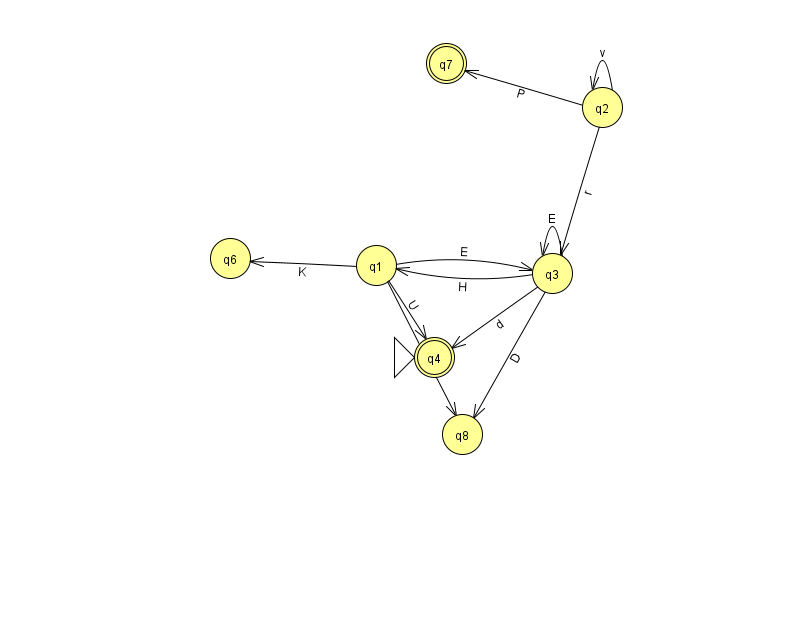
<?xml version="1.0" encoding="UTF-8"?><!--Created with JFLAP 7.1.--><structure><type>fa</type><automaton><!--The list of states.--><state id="1" name="q1"><x>376.0</x><y>252.0</y></state><state id="2" name="q2"><x>602.0</x><y>94.0</y></state><state id="3" name="q3"><x>552.0</x><y>260.0</y></state><state id="4" name="q4"><x>434.0</x><y>344.0</y><initial/><final/></state><state id="6" name="q6"><x>230.0</x><y>245.0</y></state><state id="7" name="q7"><x>446.0</x><y>50.0</y><final/></state><state id="8" name="q8"><x>462.0</x><y>421.0</y></state><!--The list of transitions.--><transition><from>3</from><to>1</to><read>H</read></transition><transition><from>3</from><to>3</to><read>E</read></transition><transition><from>2</from><to>2</to><read>v</read></transition><transition><from>3</from><to>4</to><read>d</read></transition><transition><from>1</from><to>3</to><read>E</read></transition><transition><from>2</from><to>7</to><read>P</read></transition><transition><from>1</from><to>4</to><read>U</read></transition><transition><from>2</from><to>3</to><read>r</read></transition><transition><from>1</from><to>8</to><read>Y</read></transition><transition><from>3</from><to>8</to><read>D</read></transition><transition><from>1</from><to>6</to><read>K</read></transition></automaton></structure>